Supplement to the account of plague administration in the Bombay Presidency from September 1896 till May 1897
Year: 1896
Disease focus: Plague
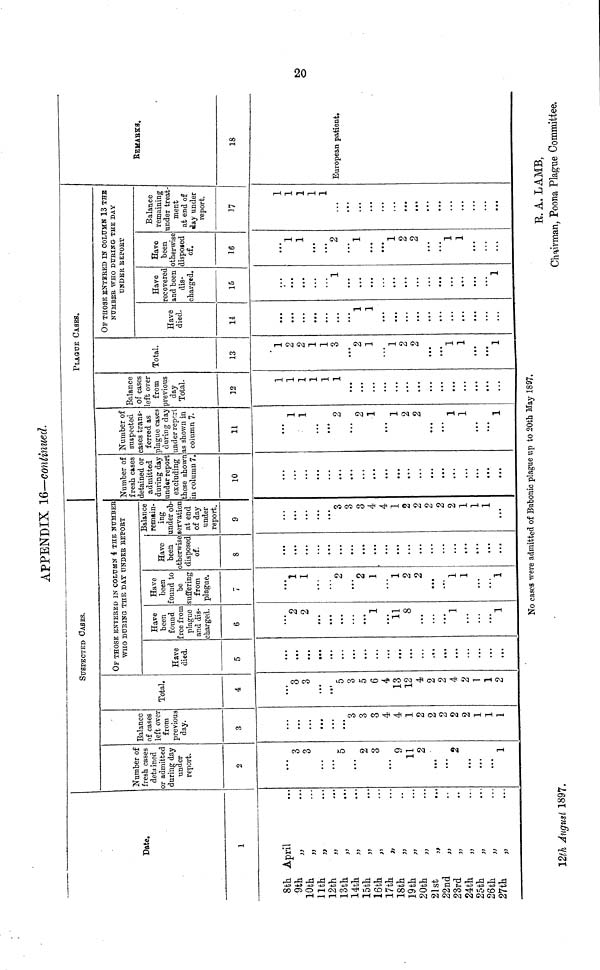
APPENDIX 16—continued.
Date.
1
8th April
9th
10th
11th
12th
13th
14th
15th
16th
17th
18th
19th
20th
21st
22nd
23rd
24th
25th
26th
27th
,,
»
»
,,
,,
,,
,,
,,
,,
,,
,,
,,
,,
,,
,,
,,
,,
,,
,,
• • •
• • •
• • •
• • •
• • •
• • •
• • •
• • •
• • •
• • •
• • •
• • •
• • •
• • •
• • •
• • •
• • •
• • •
• • •
• • •
SUSPECTED CASES.
Number of
fresh cases
detained
or admitted
during day
under
report.
2
• • •
3
3
• • •
• • •
5
• • •
2
3
• • •
9
11
2
• • •
• • •
2
• • •
• • •
• • •
1
Balance
of cases
left over
from
previous
day.
3
• • •
• • •
• • •
• • •
• • •
• • •
3
3
3
4
4
1
2
2
2
2
2
1
1
1
Total.
4
• • •
3
3
• • •
• • •
5
3
5
6
4
13
12
4
2
2
4
2
1
1
2
OF THOSE ENTERED IN COLUMN 4 THE NUMBER
WHO DURING THE DAY UNDER REPORT
Have
died.
5
• • •
• • •
• • •
• • •
• • •
• • •
• • •
• • •
• • •
• • •
• • •
• • •
• • •
• • •
• • •
• • •
• • •
• • •
• • •
• • •
Have
been
found
free from
plague
and dis-
charged.
6
• • •
2
2
• • •
• • •
• • •
• • •
• • •
1
• • •
11
8
• • •
• • •
• • •
1
...
• • •
• • •
1
Have
been
found to
be
suffering
from
plague.
7
• • •
1
1
• • •
• • •
2
• • •
2
1
• • •
1
2
2
• • •
• • •
1
1
• • •
• • •
1
Have
been
otherwise
disposed
of.
8
• • •
...
• • •
• • •
• • •
• • •
• • •
...
• • •
• • •
• • •
• • •
• • •
• • •
• • •
• • •
• • •
• • •
• • •
• • •
Balance
remain-
ing
under ob-
servation
at end
of day
under
report.
9
• • •
• • •
• • •
• • •
• • •
3
3
3
4
4
1
2
2
2
2
2
1
1
1
• • •
PLAGUE CASES.
Number of
fresh cases
detained or
admitted
during day
under report
excluding
those shown
in column 7.
10
• • •
• • •
• • •
• • •
• • •
• • •
• • •
• • •
• • •
• • •
• • •
• • a
• • •
• • •
• • •
• • •
• • •
• • •
• • •
• • •
Number of
suspected
cases trans-
ferred as
plague cases
during day
under report
as shown in
column 7.
11
• • •
1
1
• • •
• • •
2
• • •
2
1
• • •
1
2
2
• • •
• • •
1
1
• • •
• • •
1
Balance
of cases
left over
from
previous
day
Total.
12
1
1
1
1
1
1
• • •
• • •
...
• • •
• • •
• • •
• • •
• • •
• • •
• • •
• • •
• • •
• • •
...
Total.
13
1
2
2
1
• • •
3
• • •
2
1
• • •
1
2
2
• • •
• • •
1
1
• • •
• • •
1
OF THOSE ENTERED IK COLUMN 13 THE
NUMBER WHO DURING THE DAY
UNDER
REPORT
Have
died.
11
• • •
• • •
• • •
• • •
• • •
• • •
• • •
1
1
• • •
• • •
• • •
• • •
• • •
• • •
• • •
• • •
• • •
• • •
• • •
Have
recovered
and been
dis-
charged.
15
• • •
• • •
• • •
• • •
...
1
• • •
• • •
• • •
• • •
...
• • •
• • •
• • •
• • •
• • •
• • •
• • •
• • •
1
Have
been
otherwise
disposed
of.
16
• • •
1
1
• • •
... 2
...
1
• • •
• • •
1
2
2
• • •
...
1
1
• • •
...
...
Balance
remaining
under treat-
ment
at end of
day under
report.
17
1
1
1
1 1
1
• • •
• • •
• • •
• • •
• • •
• • •
• • •
• • •
• • •
• • •
• • •
• • •
• • •
• • •
• • •
REMARKS.
18
20
European patient.
No cases were admitted of Bubonic plague up to 20th May 1897.
R. A. LAMB,
12th August 1897.
Chairman, Poona Plague Committee.